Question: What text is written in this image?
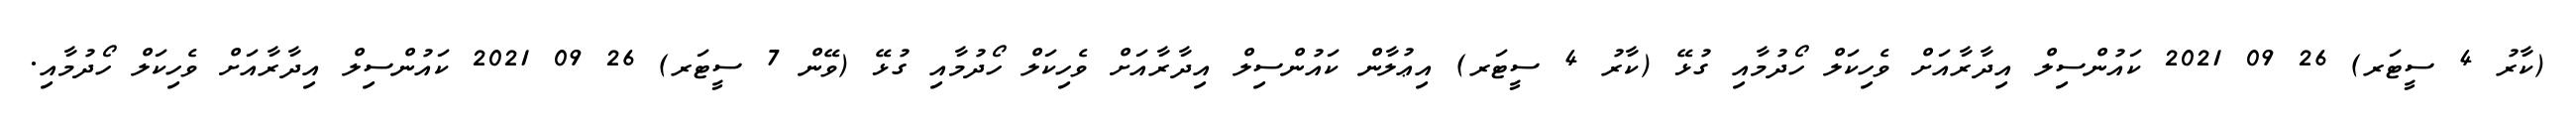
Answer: (ކާރު 4 ސީޓަރ) 26 09 2021 ކައުންސިލް އިދާރާއަށް ވެހިކަލް ހޯދުމާއި ގުޅޭ (ކާރު 4 ސީޓަރ) އިޢުލާން ކައުންސިލް އިދާރާއަށް ވެހިކަލް ހޯދުމާއި ގުޅޭ (ވޭން 7 ސީޓަރ) 26 09 2021 ކައުންސިލް އިދާރާއަށް ވެހިކަލް ހޯދުމާއި.